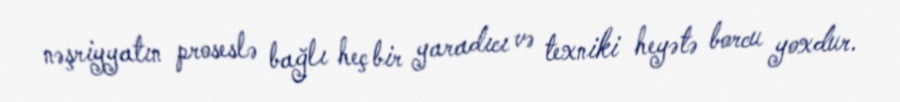
nəşriyyatın proseslə bağlı heç bir yaradıcı və texniki heyətə borcu yoxdur.